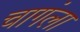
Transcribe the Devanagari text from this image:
चागंला